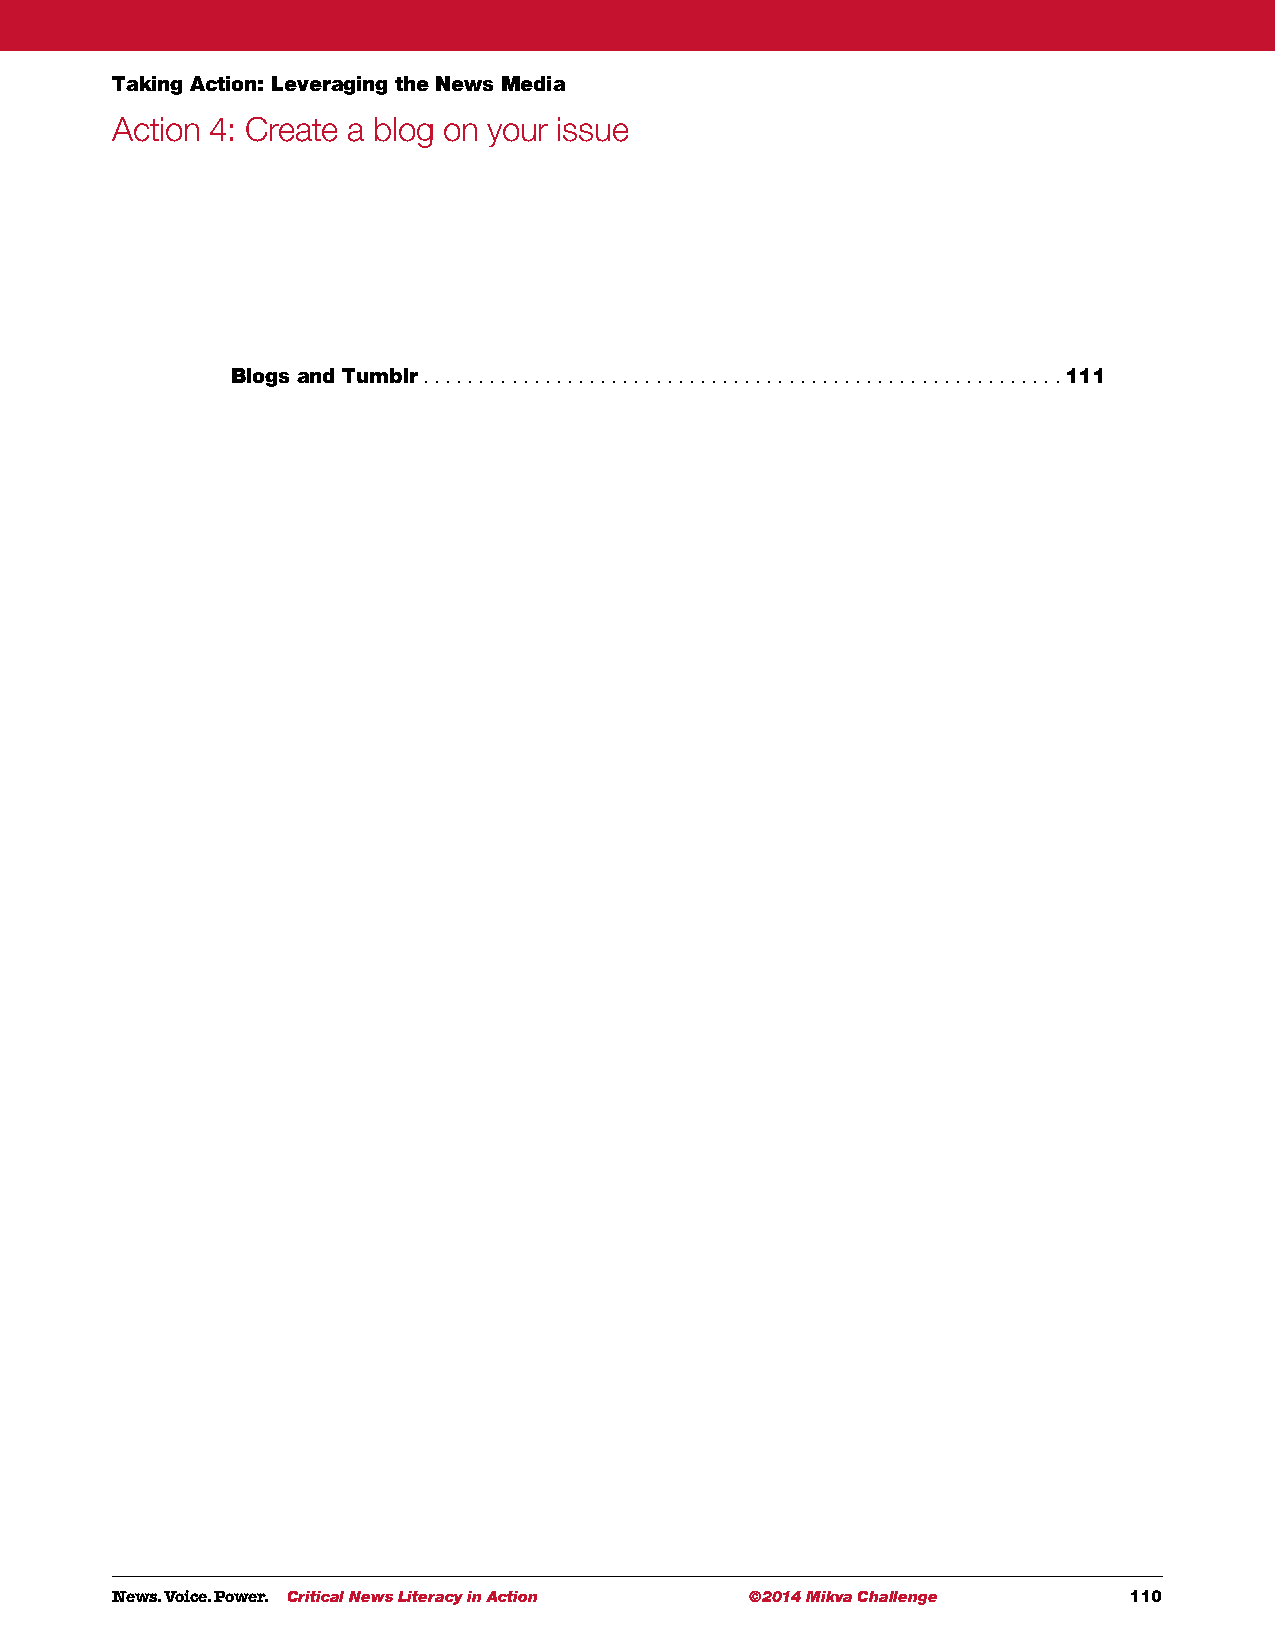
Taking Action: Leveraging the News Media
 Action 4: Create a blog on your issue
 Blogs and Tumblr .  . . . . . . . . . . . . . . . . . . . . . . . . . . . . . . . . . . . . . . . . . . . . . . . . . . . . . . . . . 111
 News. Voice. Power. Critical News Literacy in Action ©2014 Mikva Challenge 110